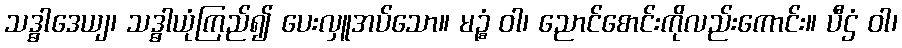
သဒ္ဓါဒေယျ၊ သဒ္ဓါယုံကြည်၍ ပေးလှူအပ်သော။ မဉ္စံ ဝါ၊ ညောင်စောင်းကိုလည်းကောင်း။ ပီဌံ ဝါ၊